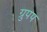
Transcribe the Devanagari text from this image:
ग्रुपप